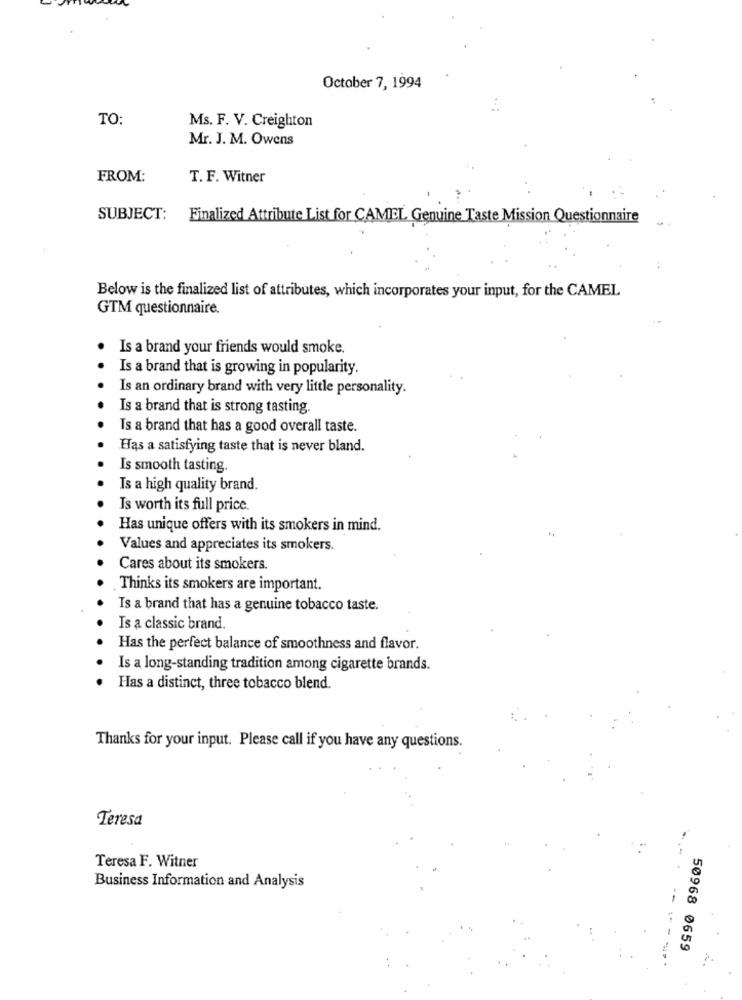
October 7, 1994
TO:
Ms. F. V. Creighton
Mr. J. M. Owens
FROM:
T. F. Witner
SUBJECT:
Finalized Attribute List for CAMEL Genuine Taste Mission Questionnaire
Below is the finalized list of attributes, which incorporates your input, for the CAMEL
GTM questionnaire.
Is a brand your friends would smoke.
Is a brand that is growing in popularity.
Is an ordinary brand with very little personality.
Is a brand that is strong tasting.
Is a brand that has a good overall taste.
Has a satisfying taste that is never bland.
Is smooth tasting.
Is a high quality brand.
Is worth its full price.
Has unique offers with its smokers in mind.
Values and appreciates its smokers.
Cares about its smokers.
Thinks its smokers are important.
Is a brand that has a genuine tobacco taste.
Is a classic brand.
Has the perfect balance of smoothness and flavor.
Is a long-standing tradition among cigarette brands.
Has a distinct, three tobacco blend.
Thanks for your input. Please call if you have any questions.
Teresa
Teresa F. Witner
Business Information and Analysis
--
50968 0659